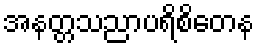
အနတ္တသညာပရိစိတေန